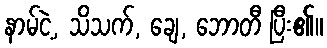
နာမ်ငဲ့, သိသက်, ချေ, ဘောတီ ပြီး၏။